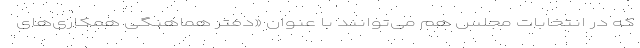
که در انتخابات مجلس هم می‌توانند با عنوان «دفتر هماهنگی همکاری‌های